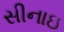
સીનાઇ